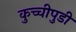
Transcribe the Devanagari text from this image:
कुच्चीपुडी